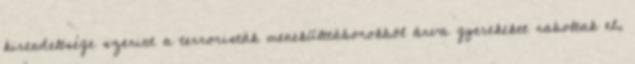
kirendeltsége szerint a terroristák menekülttáborokból árva gyerekeket raboltak el,